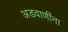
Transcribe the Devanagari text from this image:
अडवाणींना